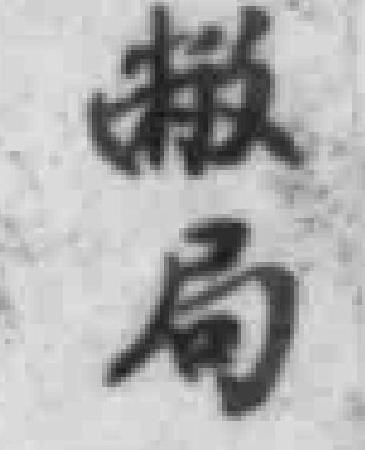
敝局